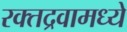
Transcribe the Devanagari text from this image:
रक्तद्रवामध्ये